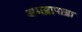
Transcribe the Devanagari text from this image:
अमड़ापाड़ा